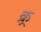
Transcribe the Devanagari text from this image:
क्र्र